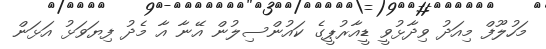
މަހުލޫފް މިއަދު ވިދާޅުވީ ޑީއާރުޕީގެ ކައުންސިލުން އޭނާ އާ މެދު ފިޔަވަޅު އަޅަން